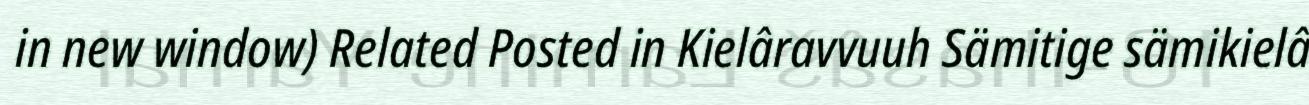
in new window) Related Posted in Kielâravvuuh Sämitige sämikielâ